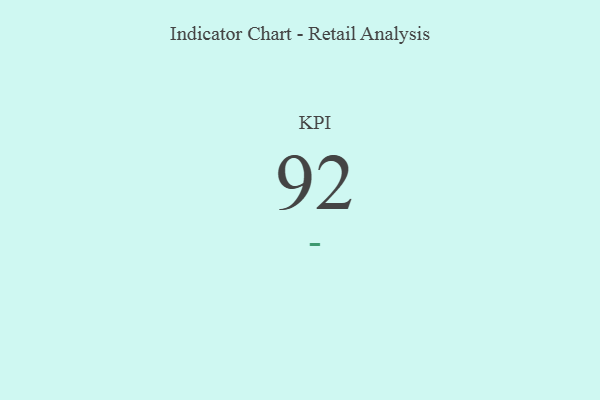
{"axis": {"x": "KPI", "y": "Value"}, "legend": [""], "data": [{"x": "KPI", "y": 92, "type": ""}]}